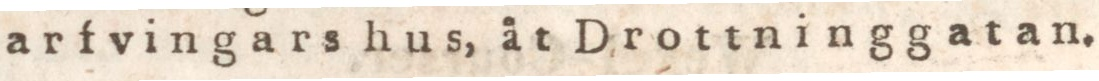
arfvingarshus, åt Drottninggatan